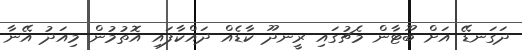
ދަގަނޑޭ އަށް ބޫޓާން މެޗުގައި ރީނދޫ ކާޑެއް ދައްކާފައި އޮތުމުން މިއަދު އޭނާ